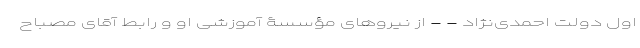
اول دولت احمدی‌نژاد - - از نیروهای مؤسسۀ آموزشی او و رابط آقای مصباح